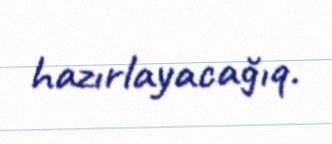
hazırlayacağıq.